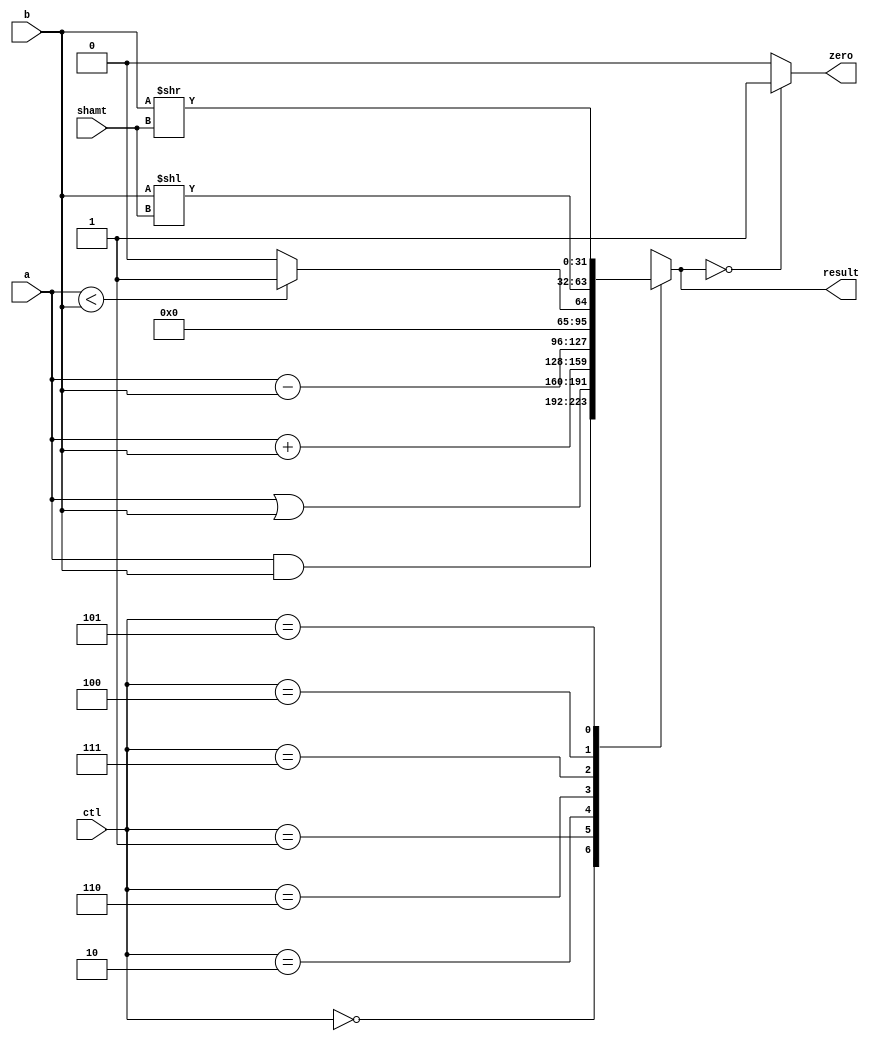
//-----------------------------------------------------------------------------
// Title         : ALU Behavioral Model
// Project       : ECE 313 - Computer Organization
//-----------------------------------------------------------------------------
// Organization  : Lafayette College
// 
//-----------------------------------------------------------------------------
// Description :
//   Behavioral model of the ALU used in the implementations of the MIPS processor
//   subset described in Ch. 5-6 of "Computer Organization and Design, 3rd ed."
//   by David Patterson & John Hennessey, Morgan Kaufmann, 2004 (COD3e).  
//
//   It implements the function specified on p. 301 of COD3e.
//
//-----------------------------------------------------------------------------

module alu(ctl, a, b, shamt, result, zero);
  input [2:0] ctl;
  input [31:0] a, b;       // RS -> a, RT -> b
  input [4:0] shamt;
  output [31:0] result;    // RD <- result
  output zero;

  reg [31:0] result;
  reg zero;

  always @(a or b or ctl)
  begin
    case (ctl)
      3'b000 : result = a & b; // AND
      3'b001 : result = a | b; // OR
      3'b010 : result = a + b; // ADD
      3'b110 : result = a - b; // SUBTRACT
      3'b111 : if (a < b) result = 32'd1; 
               else result = 32'd0; //SLT   
      3'b100 : result = b << shamt; // SLL
      3'b101 : result = b >> shamt; // SRL
      default : result = 32'hxxxxxxxx;
    endcase
    
    if (result == 32'd0) zero = 1;
    else zero = 0;
  end
  
  always @(a or b or ctl)
  begin
    if ( ctl == 3'b101 )
      $display("SRL:: a:%d, b:%d, shamt:%d, result:%d", a, b, shamt, result);
  end
endmodule